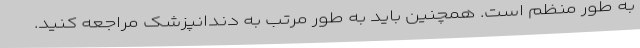
به طور منظم است. همچنین باید به طور مرتب به دندانپزشک مراجعه کنید.